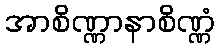
အာစိဏ္ဏာနာစိဏ္ဏံ